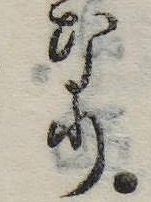
なり